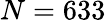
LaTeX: N=633